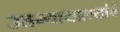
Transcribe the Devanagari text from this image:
उच्चन्यायालयांचे